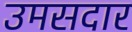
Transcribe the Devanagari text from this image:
उमसदार